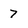
Character: 7